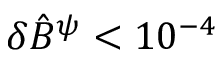
\delta \hat { B } ^ { \psi } < 1 0 ^ { - 4 }